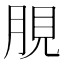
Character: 䏹